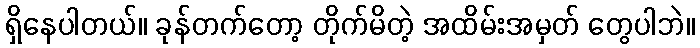
ရှိနေပါတယ်။ ခုန်တက်တော့ တိုက်မိတဲ့ အထိမ်းအမှတ် တွေပါဘဲ။